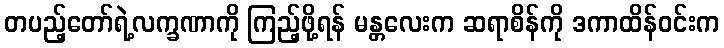
တပည့်တော်ရဲ့လက္ခဏာကို ကြည့်ဖို့ရန် မန္တလေးက ဆရာစိန်ကို ဒကာထိန်ဝင်းက